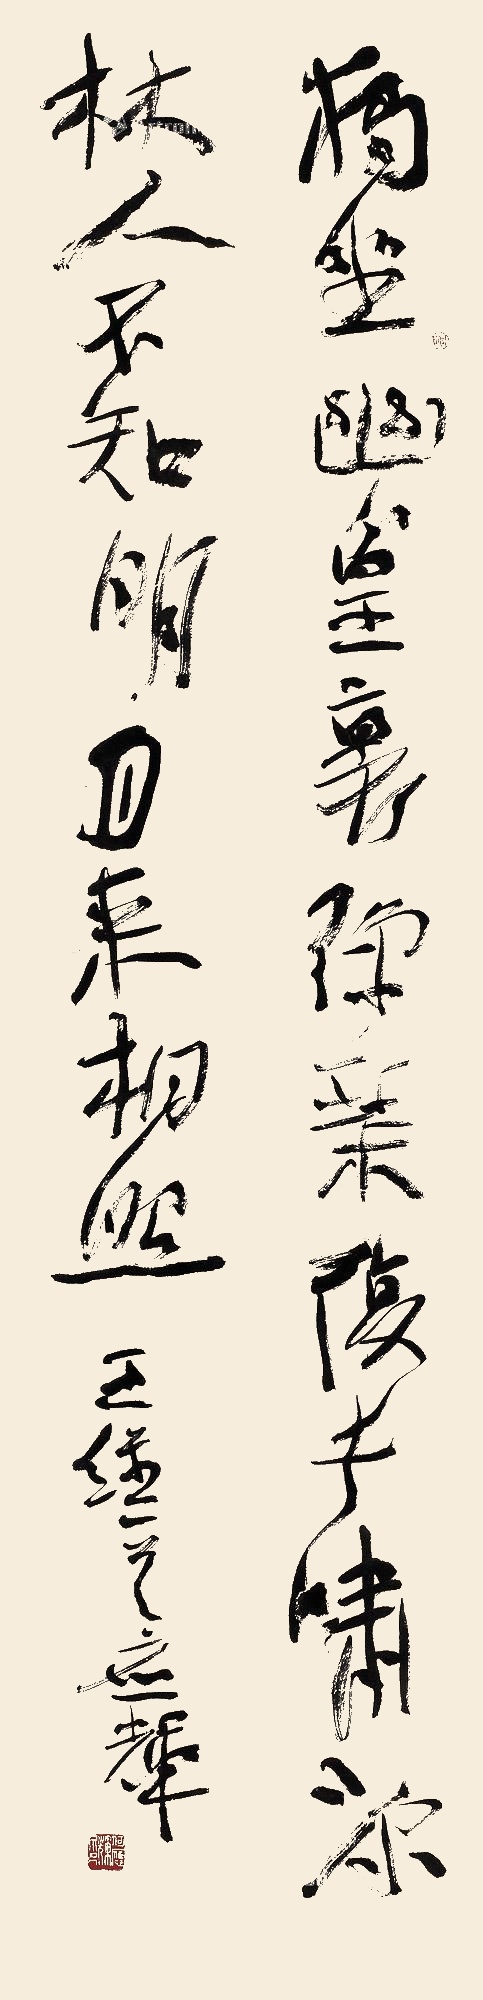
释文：独坐幽篁里，弹琴复长啸。深林人不知，明月来相照。王维一首，应辉。